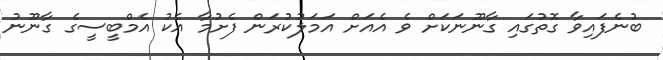
ބުނެފައިވާ ގޮތުގައި ގާނޫނަކަށް ވެ އެއަށް އަމަލުކުރަން ފެށުމާ އެކު އެމްބީސީގެ ގާނޫނު